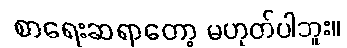
စာရေးဆရာတော့ မဟုတ်ပါဘူး။